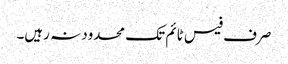
صرف فیس ٹائم تک محدود نہ رہیں۔